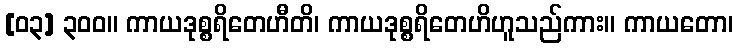
[၀၃] ၃၀၀။ ကာယဒုစ္စရိတေဟီတိ၊ ကာယဒုစ္စရိတေဟိဟူသည်ကား။ ကာယတော၊